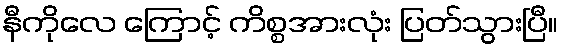
နီကိုလေ ကြောင့် ကိစ္စအားလုံး ပြတ်သွားပြီ။